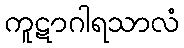
ကူဋာဂါရသာလံ